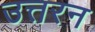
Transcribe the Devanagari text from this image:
उत्तरन